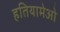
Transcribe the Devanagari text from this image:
हतियामेओ